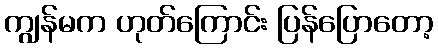
ကျွန်မက ဟုတ်ကြောင်း ပြန်ပြောတော့